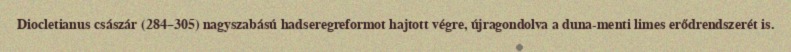
Diocletianus császár (284–305) nagyszabású hadseregreformot hajtott végre, újragondolva a duna-menti limes erődrendszerét is.